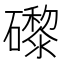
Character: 𥗍